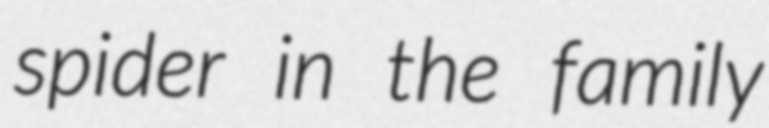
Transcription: spider in the family